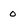
Character: 0